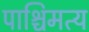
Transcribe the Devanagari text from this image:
पाश्चिमत्य